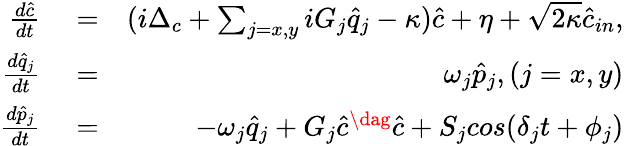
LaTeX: \begin{array}{rlr}{\frac{d\hat{c}}{dt}}&{{}=}&{(i\Delta_{c}+\sum_{j=x,y}iG_{j}\hat{q}_{j}-\kappa)\hat{c}+\eta+\sqrt{2\kappa}\hat{c}_{in},}\\ {\frac{d\hat{q}_{j}}{dt}}&{{}=}&{\omega_{j}\hat{p}_{j},(j=x,y)}\\ {\frac{d\hat{p}_{j}}{dt}}&{{}=}&{-\omega_{j}\hat{q}_{j}+G_{j}\hat{c}^{\dag}\hat{c}+S_{j}cos(\delta_{j}t+\phi_{j})}\end{array}